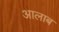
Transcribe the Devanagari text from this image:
आलाब